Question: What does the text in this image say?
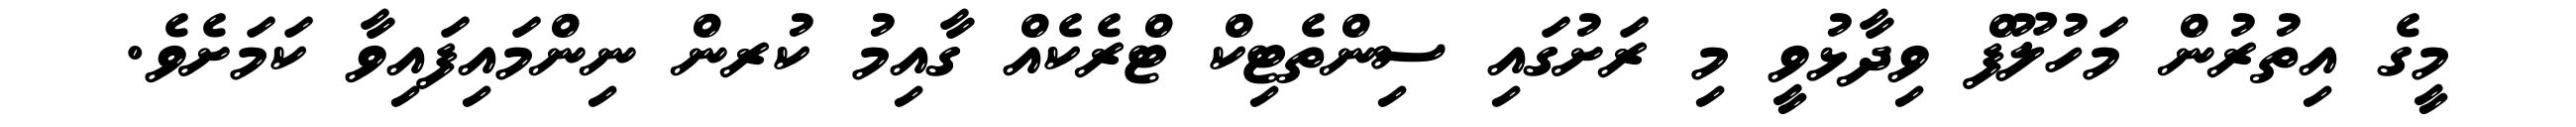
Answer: މީގެ އިތުރުން މަހުލޫފް ވިދާޅުވީ މި ރަށުގައި ސިންތެޓިކް ޓްރެކެއް ގާއިމު ކުރން ނިންމައިފައިވާ ކަމަށެވެ.